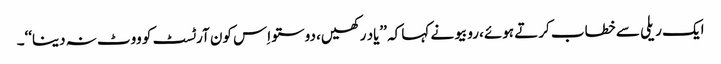
ایک ریلی سے خطاب کرتے ہوئے، روبیو نے کہا کہ ’’یاد رکھیں، دوستو اِس کون آرٹسٹ کو ووٹ نہ دینا‘‘۔